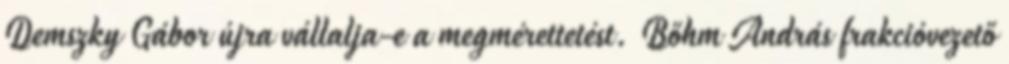
Demszky Gábor újra vállalja-e a megmérettetést. Bőhm András frakcióvezető